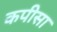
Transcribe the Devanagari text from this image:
कपीसा